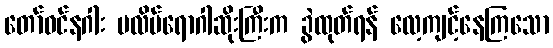
တော်ဝင်နဂါး ပလိပ်ရောဂါဆိုးကြီးက ခွဲထုတ်ရန် လေ့ကျင့်နေကြသော